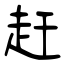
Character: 赶